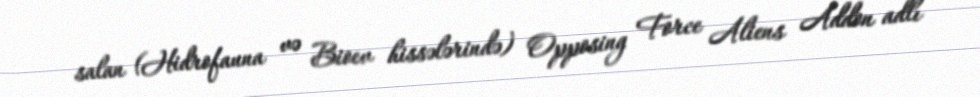
salan (Hidrofauna və Bioev hissələrində) Opposing Force Aliens Addon adlı